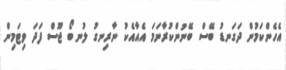
އެހެންކަމުން ދަގަނޑު ބޭސް ބޭނުންކުރާނަމަ އެއާއެކު ނާރިނގު ލުނބޯ ޖޫސް ފަދަ ވިޓަމިން